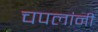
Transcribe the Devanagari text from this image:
चपलांनी